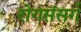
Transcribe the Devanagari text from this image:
रोगसंसर्ग